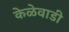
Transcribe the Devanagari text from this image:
केळेवाडी